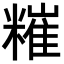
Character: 𥼂